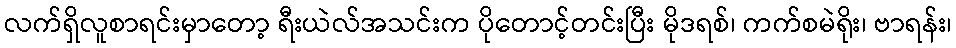
လက်ရှိလူစာရင်းမှာတော့ ရီးယဲလ်အသင်းက ပိုတောင့်တင်းပြီး မိုဒရစ်၊ ကက်စမဲရိုး၊ ဗာရန်း၊